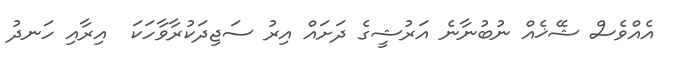
އެއްވެސް ޝޭޚެއް ނުބުނާނެ އަރުޝީގެ ދަށައް އިރު ސަޖިދަކުރާވާހަކަ  އިރާއި ހަނދު